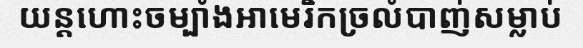
យន្តហោះចម្បាំងអាមេរិកច្រលំបាញ់សម្លាប់